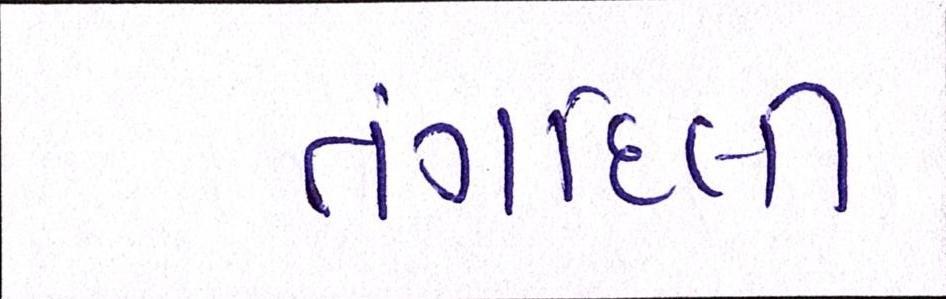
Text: તંગદિલી